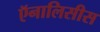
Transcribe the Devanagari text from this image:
ऍनालिसीस